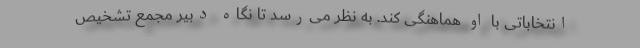
انتخاباتی با او هماهنگی کند. به نظر می‌رسد تا نگاه دبیر مجمع تشخیص